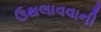
ઉથલાવવાની